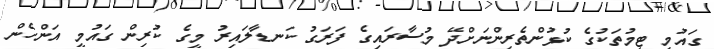
ގައުމީ ޓީމުތަކުގެ ކުޅުންތެރިންނަށްދޭ މުސާރައިގެ ފަރަގު ކަނޑާލައިރު މީގެ ކުރިން ގައުމީ އަންހެން